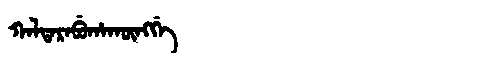
Manchu: ᡴᠠᠯᡨᠠᡵᠠᠪᡠᡥᠠᡴᡡᠩᡤᡝ
Romanization: KALTARABUHAKŪNGGE